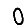
Digit: 0